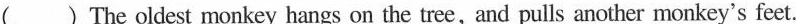
( )The oldest monkey hangs on the tree,and pulls another monkey's feet.